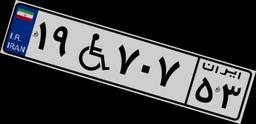
۱۹W۷۰۷۵۳